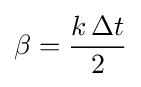
\beta ={\frac {k\,\Delta t}{2}}